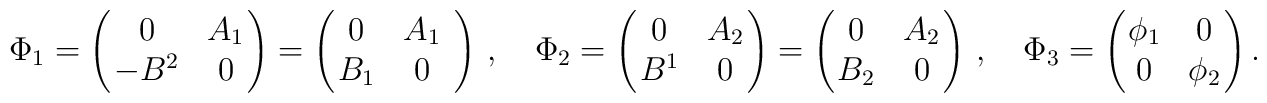
\Phi_1 = \left( \!\! \begin{array}{cc} 0 & A_1 \\		-B^2 & 0 \end{array} \!\!\right)       = \left( \!\! \begin{array}{cc} 0 & A_1 \\		 B_1 & 0 \end{array} \right)\,, \quad\Phi_2 =\left( \!\! \begin{array}{cc} 0 & A_2 \\			B^1 & 0 \end{array} \!\! \right)       =\left( \!\! \begin{array}{cc} 0 & A_2 \\			B_2 & 0 \end{array} \!\! \right) \,,\quad\Phi_3 = \left( \!\! \begin{array}{cc} \phi_1 & 0 \\ 0 &		 \phi_2 \end{array} \!\!\right).